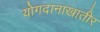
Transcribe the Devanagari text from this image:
योगदानाखातीर